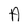
Character: A